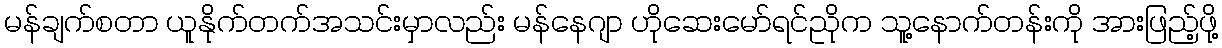
မန်ချက်စတာ ယူနိုက်တက်အသင်းမှာလည်း မန်နေဂျာ ဟိုဆေးမော်ရင်ညိုက သူ့နောက်တန်းကို အားဖြည့်ဖို့